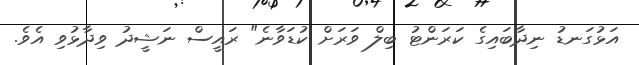
އަޅުގަނޑު ނިދާބައިގެ ކަރަންޓު ބިލް ވަރަށް ކުޑަވާނެ" ރައީސް ނަޝީދު ވިދާޅުވި އެވެ.